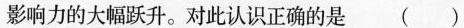
影响力的大幅跃升。对此认识正确的是()